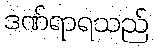
ဒဏ်ရာရသည်